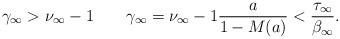
LaTeX: \begin{align*}\gamma_\infty>\nu_\infty-1\quad\quad\gamma_\infty=\nu_\infty-1 \frac a{1-M(a)}<\frac{\tau_\infty}{\beta_\infty}.\end{align*}